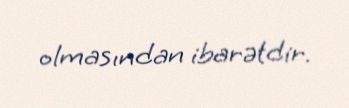
olmasından ibarətdir.